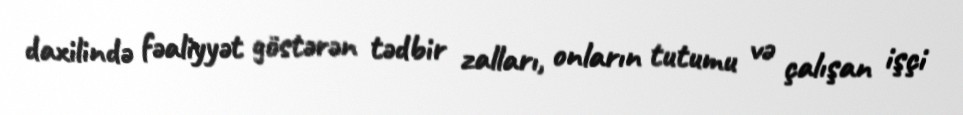
daxilində fəaliyyət göstərən tədbir zalları, onların tutumu və çalışan işçi